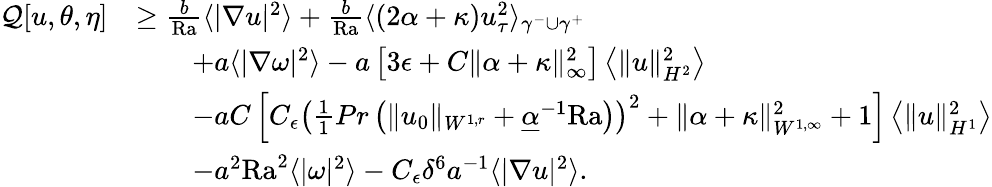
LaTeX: \begin{array}{rl}{\mathcal{Q}[u,\theta,\eta]}&{\geq\frac{b}{\mathrm{{Ra}}}\langle|\nabla u|^{2}\rangle+\frac{b}{{\mathrm{Ra}}}\langle(2\alpha+\kappa)u_{\tau}^{2}\rangle_{\gamma^{-}\cup\gamma^{+}}}\\ &{\qquad+a\langle|\nabla\omega|^{2}\rangle-a\left[3\epsilon+C\| \alpha+\kappa\| _{\infty}^{2}\right]\left\langle\| u\| _{H^{2}}^{2}\right\rangle}\\ &{\qquad-aC\left[C_{\epsilon}\left(\frac{1}{1}{{Pr}}\left(\| u_{0}\| _{W^{1,r}}+\underline{{\alpha}}^{-1}{\mathrm{Ra}}\right)\right)^{2}+\| \alpha+\kappa\| _{W^{1,\infty}}^{2}+1\right]\left\langle\| u\| _{H^{1}}^{2}\right\rangle}\\ &{\qquad-a^{2}\mathrm{{Ra}}^{2}\langle|\omega|^{2}\rangle-C_{\epsilon}\delta^{6}a^{-1}\langle|\nabla u|^{2}\rangle.}\end{array}